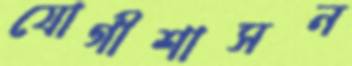
যোগীশাসন